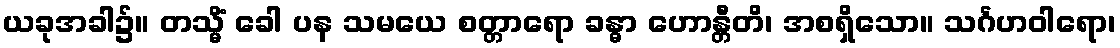
ယခုအခါ၌။ တသ္မိံ ခေါ ပန သမယေ စတ္တာရော ခန္ဓာ ဟောန္တီတိ၊ အစရှိသော။ သင်္ဂဟဝါရော၊